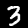
Digit: 3